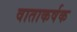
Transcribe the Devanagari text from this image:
वाताकर्षक